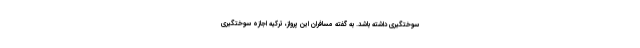
سوختگیری داشته باشد. به گفته مسافران این پرواز، ترکیه اجازه سوختگیری